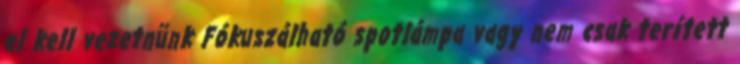
el kell vezetnünk Fókuszálható spotlámpa vagy nem csak terített